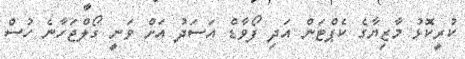
ކުރީކޮޅު މާޒިޔާގެ ކެޕްޓަން އަދި ފޯވާޑް އަސަދު އަށް ވަނީ ގޯލްޖަހާނެ ހުސް